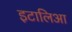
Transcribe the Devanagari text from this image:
इटालिआ